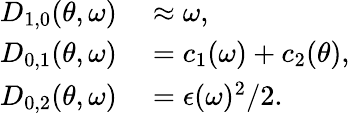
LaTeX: \begin{array}{rl}{D_{1,0}(\theta,\omega)}&{{}\approx\omega,}\\ {D_{0,1}(\theta,\omega)}&{{}=c_{1}(\omega)+c_{2}(\theta),}\\ {D_{0,2}(\theta,\omega)}&{{}=\epsilon(\omega)^{2}/2.}\end{array}